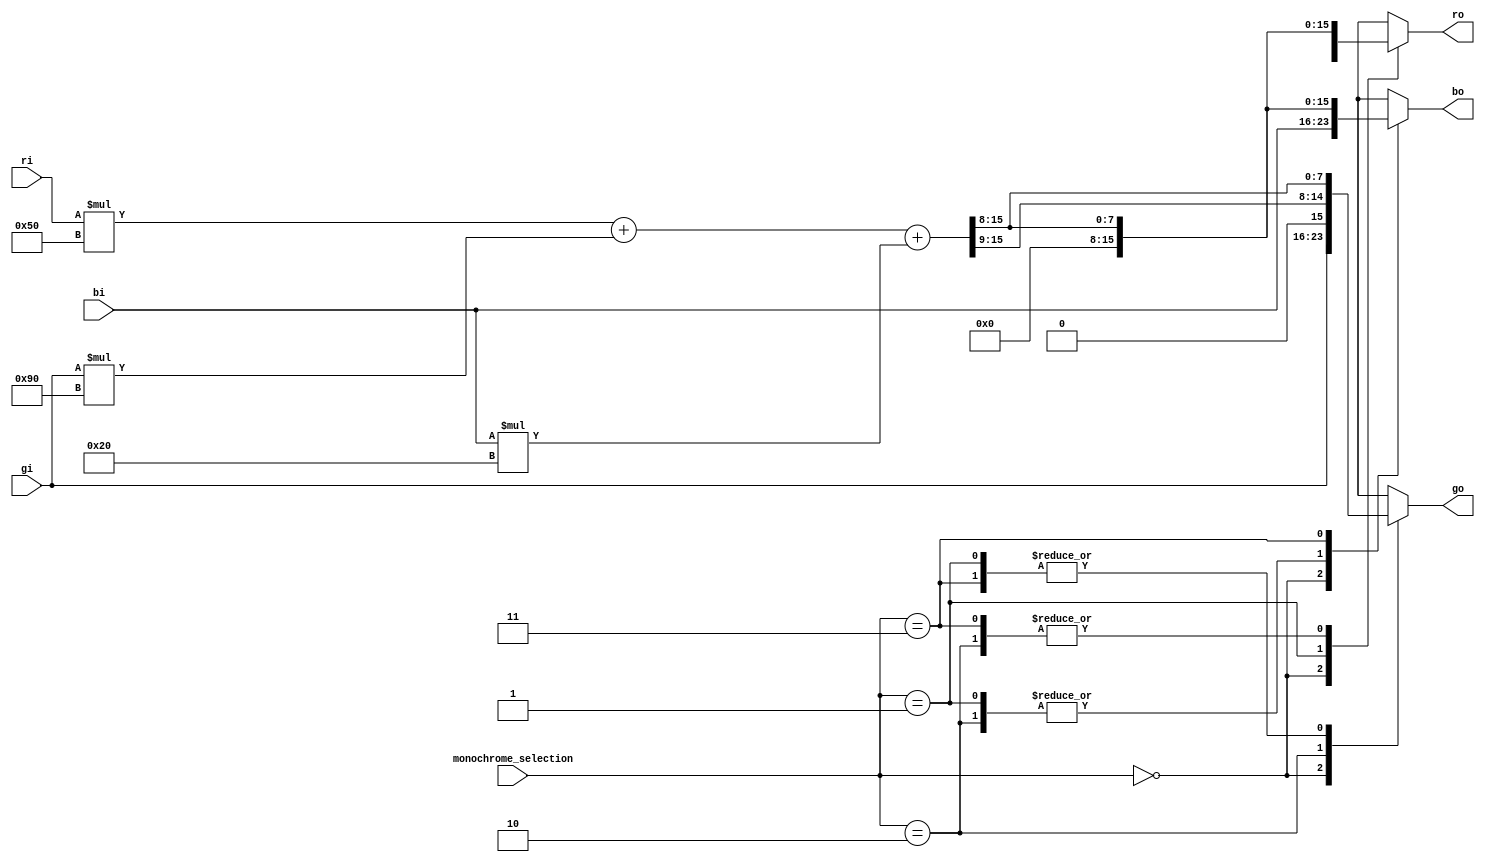
`timescale 1ns / 1ps
`default_nettype none

//    This file is part of the ZXUNO Spectrum core. 
//    Creation date is 21:14:58 2023-05-01 by Miguel Angel Rodriguez Jodar
//    (c)2014-2020 ZXUNO association.
//    ZXUNO official repository: http://svn.zxuno.com/svn/zxuno
//    Username: guest   Password: zxuno
//    Github repository for this core: https://github.com/mcleod-ideafix/zxuno_spectrum_core
//
//    ZXUNO Spectrum core is free software: you can redistribute it and/or modify
//    it under the terms of the GNU General Public License as published by
//    the Free Software Foundation, either version 3 of the License, or
//    (at your option) any later version.
//
//    ZXUNO Spectrum core is distributed in the hope that it will be useful,
//    but WITHOUT ANY WARRANTY; without even the implied warranty of
//    MERCHANTABILITY or FITNESS FOR A PARTICULAR PURPOSE.  See the
//    GNU General Public License for more details.
//
//    You should have received a copy of the GNU General Public License
//    along with the ZXUNO Spectrum core.  If not, see <https://www.gnu.org/licenses/>.
//
//    Any distributed copy of this file must keep this notice intact.

module monochrome (
  input wire [1:0] monochrome_selection,
  input wire [7:0] ri,
  input wire [7:0] gi,
  input wire [7:0] bi,
  output reg [7:0] ro,
  output reg [7:0] go,
  output reg [7:0] bo
  );

  // 0.299 ? Rojo + 0.587 ? Verde + 0.114 ? Azul.
  //wire [15:0] grisp = ri*8'd77 + gi*8'd150 + bi * 8'd29;  // los factores se multiplican por 256 (punto fijo 8.8)
  wire [15:0] grisp = ri*8'd80 + gi*8'd144 + bi * 8'd32;  // los factores se multiplican por 256 (punto fijo 8.8)
  wire [7:0] gris = grisp[15:8];  // dividido entre 256
  always @* begin
    case (monochrome_selection)
      2'b00:
        begin
          ro = ri;
          go = gi;
          bo = bi;
        end
      2'b01:
        begin
          ro = 8'h00;
          go = gris;
          bo = 8'h00;
        end
      2'b10:
        begin
          ro = gris;
          go = {1'b0,gris[7:1]};
          bo = 8'h00;
        end
      2'b11:
        begin
          ro = gris;
          go = gris;
          bo = gris;
        end
      default:
        begin
          ro = ri;
          go = gi;
          bo = bi;
        end
    endcase
  end
endmodule